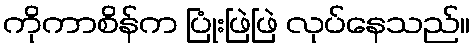
ကိုကာစိန်က ပြုံးဖြဲဖြဲ လုပ်နေသည်။